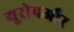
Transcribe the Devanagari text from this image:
यूरोपऔर